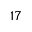
1 7